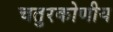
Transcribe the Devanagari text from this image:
चतुरकोणीय